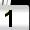
Digit: 1